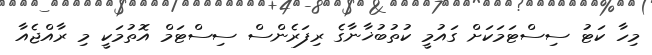
މިހާ ކަޓު ސިސްޓަމަކަށް ގައުމީ ކުތުބުޚާނާގެ ރިފަރެންސް ސިސްޓަމް އޮތުމަކީ މި ރާއްޖެއާ